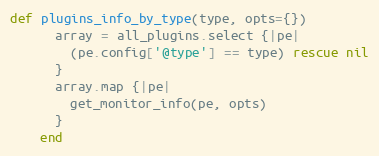
Language: Ruby
def plugins_info_by_type(type, opts={})
      array = all_plugins.select {|pe|
        (pe.config['@type'] == type) rescue nil
      }
      array.map {|pe|
        get_monitor_info(pe, opts)
      }
    end